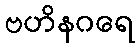
ဗဟိနဂရေ